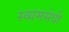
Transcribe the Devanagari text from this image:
स्व्यमसेवी